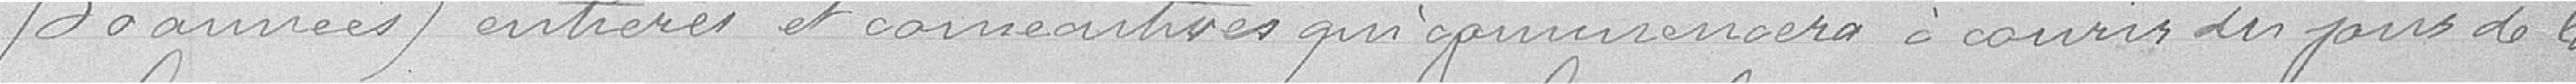
30 années entières et consécutives qui commencera à cours des jours de la